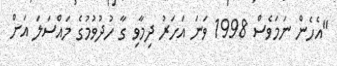
"އެހެން ނަމަވެސް 1998 ވަނަ އަހަރު ދިމާވި ގާ ހުދުވުމުގެ މައްސަލަ އަށް